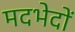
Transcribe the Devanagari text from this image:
मदभेदों